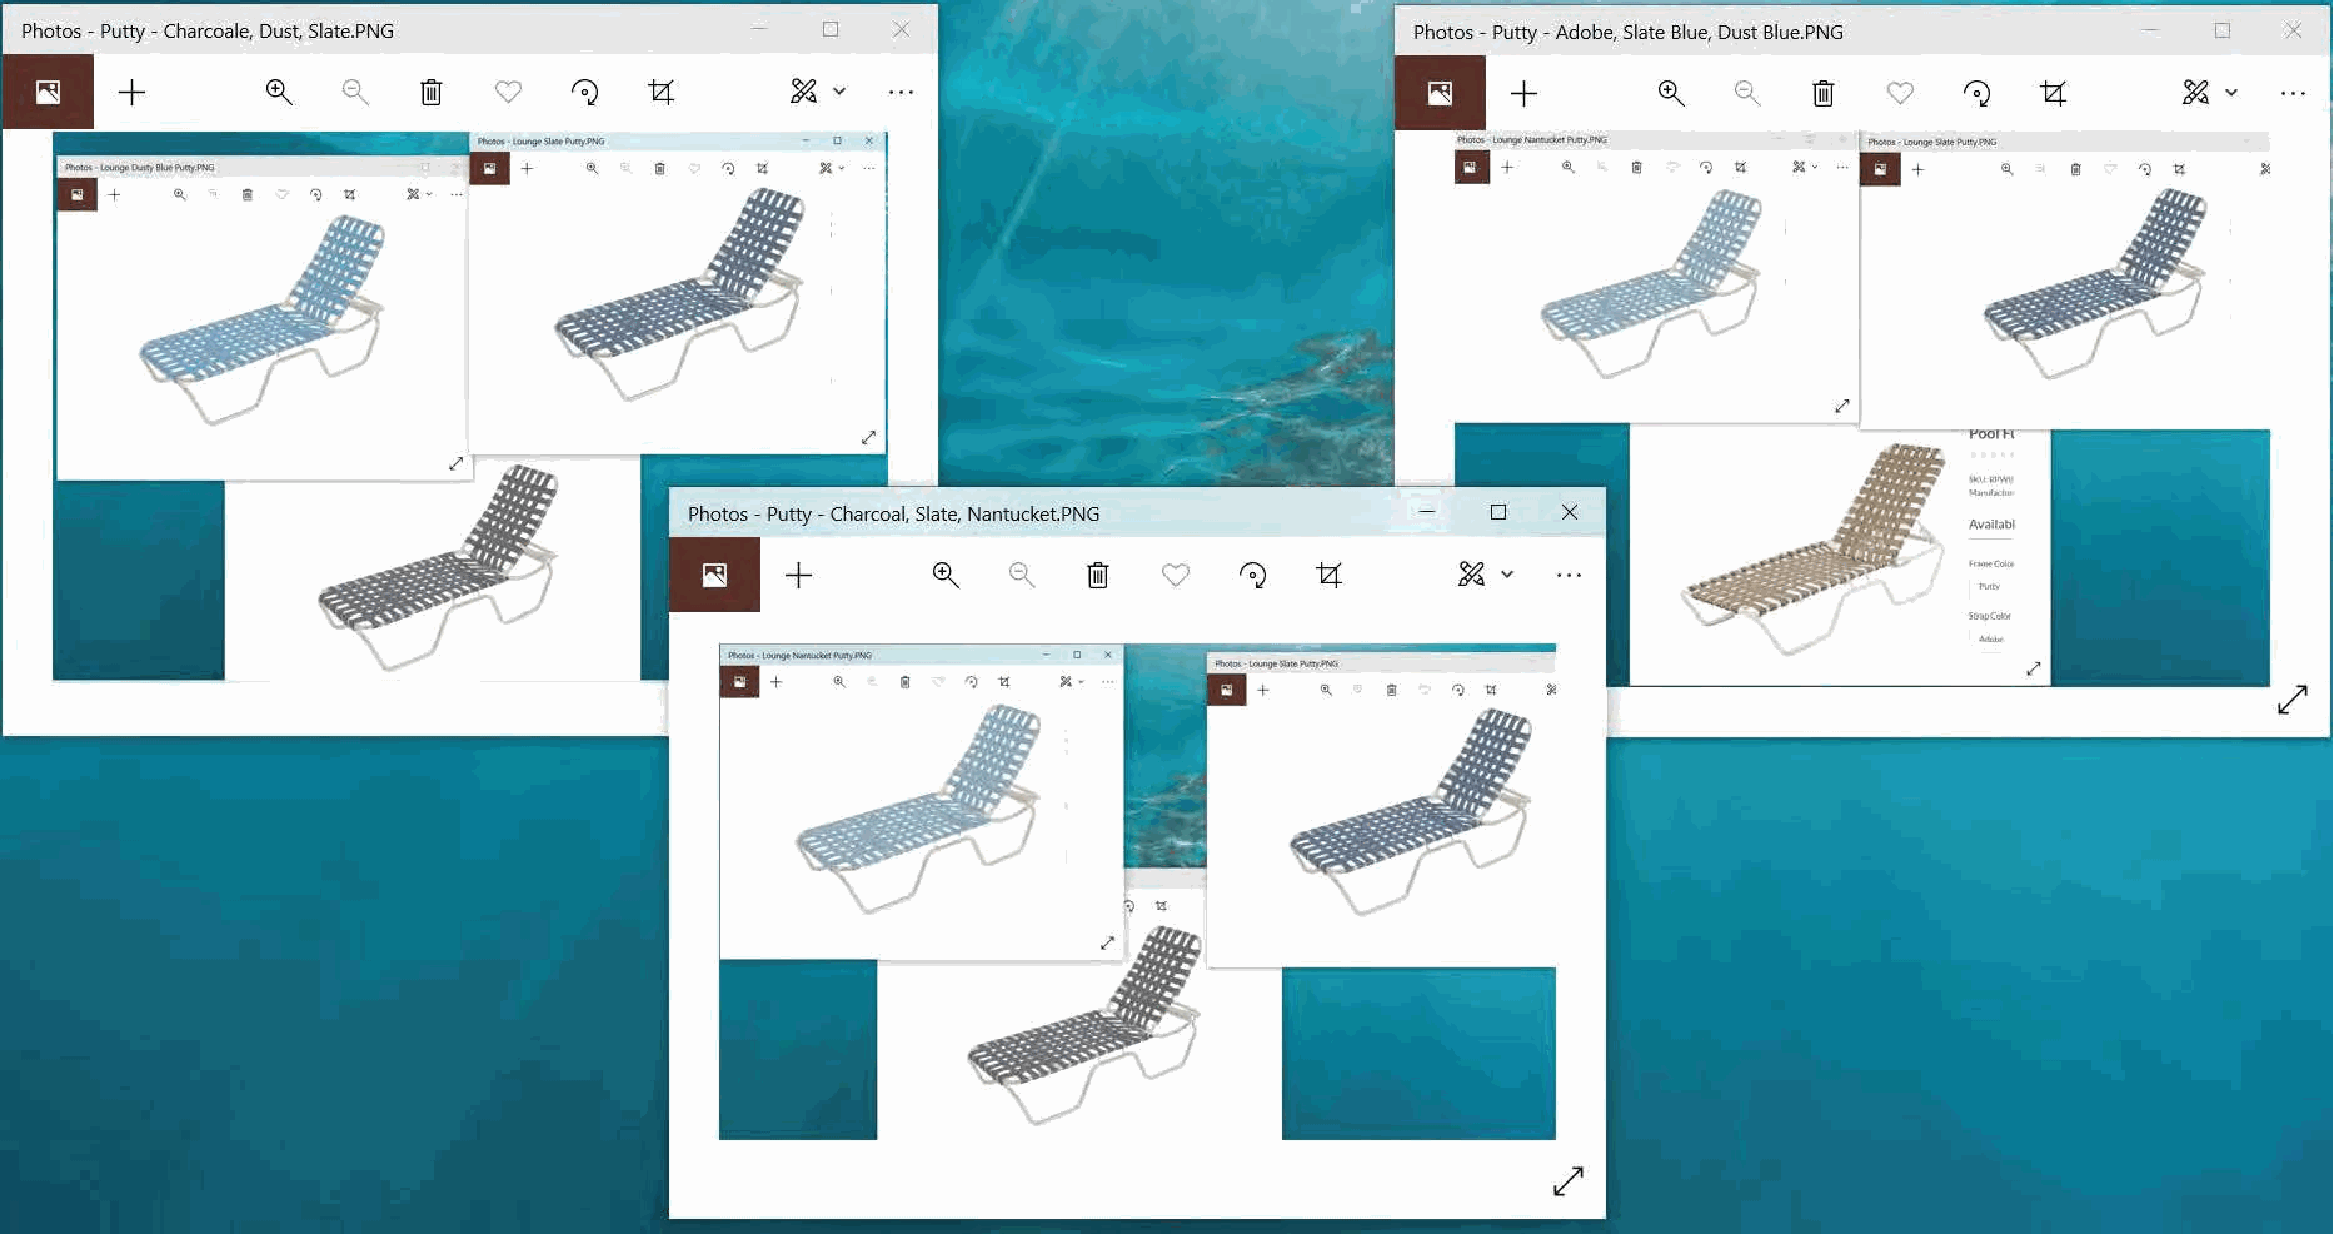
□    X                                  Photos -Putty -Adobe, Slate Blue, Dust Blue.PNG     □    X
 +         ©__  ~    @    Q    0    t'.j:    ~  V                                            +         ©__  ~    @    \/   0    t'.j:    ~v
 -
 0 X                                                                  ~-toung,,,9-ttt-f\ltty,fnu
 -·
 +    01.      '-) 11! )I •                                           "'-. ill '-) 11! )I. ~ +     "'-.     '-) 14
 "'-. " Ii ") t! )I.
 ~
 tty -Charcoal, Slate, Nantucket.PNG            □
 +
 - 0 X
 l!I  '-) 14